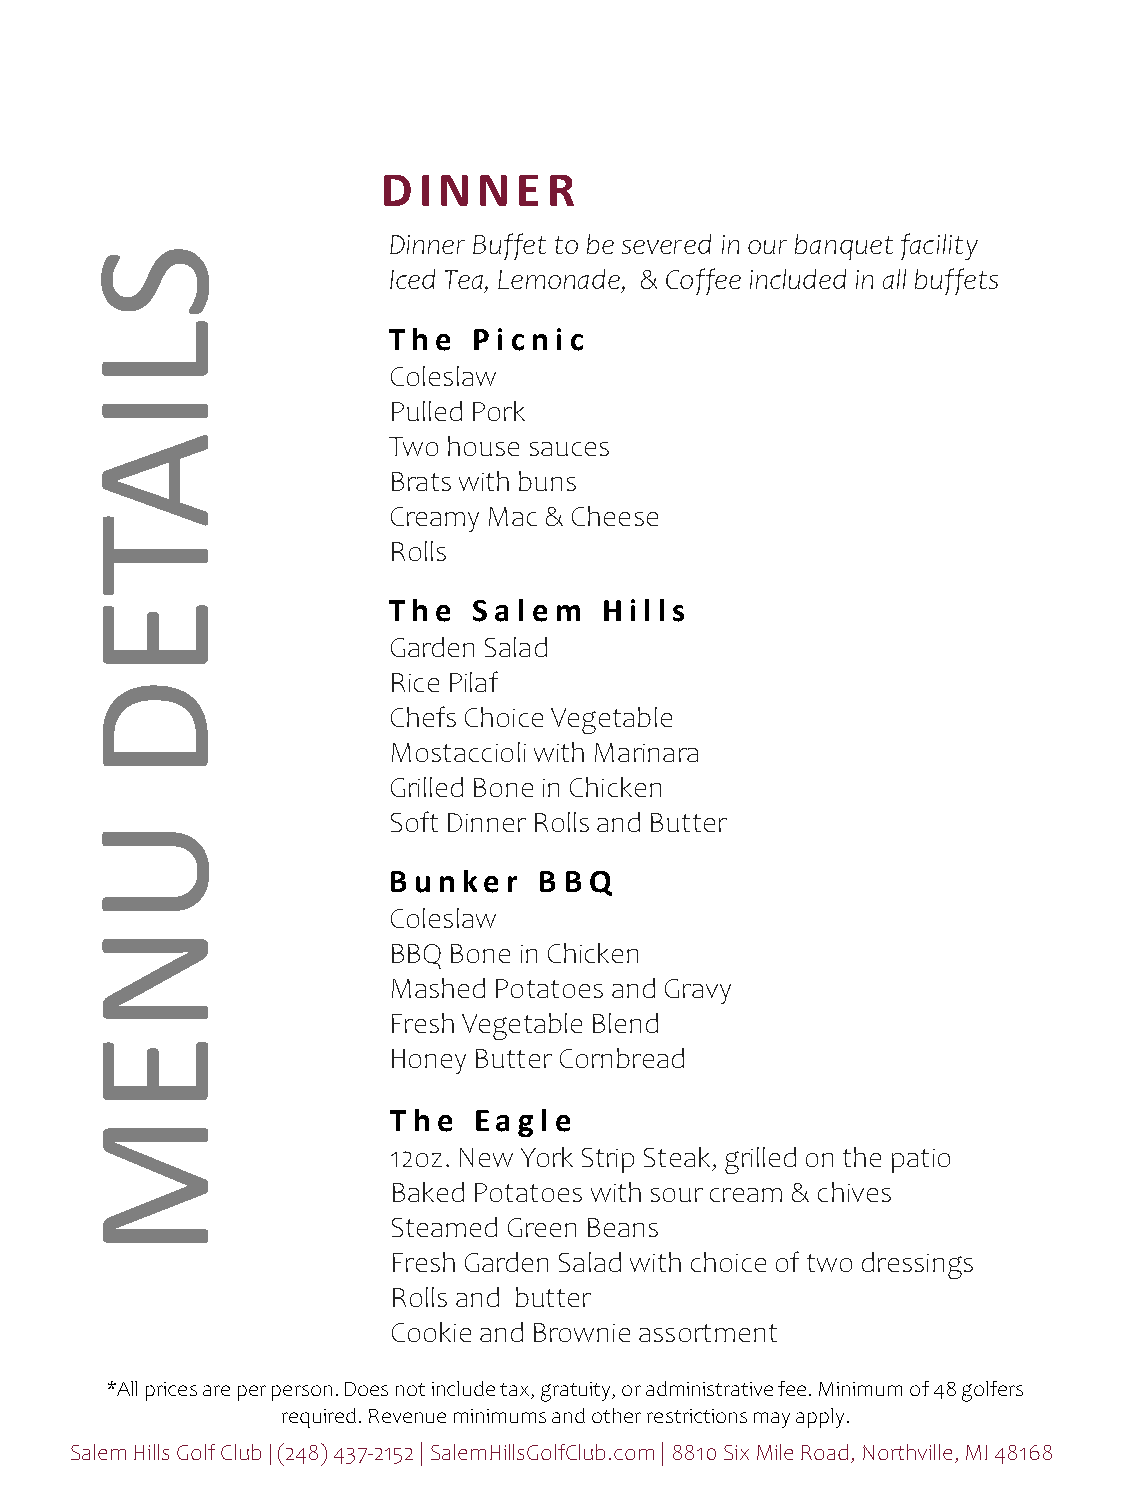
DIN    NE  R
 Dinner Buffet to be severed in our banquet facility
 S
 Iced Tea, Lemonade, & Coffee included in all buffets
 L                    T he P i c ni c
 Coleslaw
 I
 Pulled Pork
 A                    Two house sauces
 Brats with buns
 Creamy Mac & Cheese
 T
 Rolls
 E                    T he S a l e m H i l l s
 Garden Salad
 Rice Pilaf
 D
 Chefs Choice Vegetable
 Mostaccioli with Marinara
 Grilled Bone in Chicken
 Soft Dinner Rolls and Butter
 U
 B unke  r B B Q
 Coleslaw
 N
 BBQ Bone in Chicken
 Mashed Potatoes and Gravy
 Fresh Vegetable Blend
 E
 Honey Butter Cornbread
 T he Ea gl e
 M
 12oz. New York Strip Steak, grilled on the patio
 Baked Potatoes with sour cream & chives
 Steamed Green Beans
 Fresh Garden Salad with choice of two dressings
 Rolls and butter
 Cookie and Brownie assortment
 *All prices are per person. Does not include tax, gratuity, or administrative fee. Minimum of 48 golfers
 required. Revenue minimums and other restrictions may apply.
 Salem Hills Golf Club | (248) 437-2152 | SalemHillsGolfClub.com | 8810 Six Mile Road, Northville, MI 48168